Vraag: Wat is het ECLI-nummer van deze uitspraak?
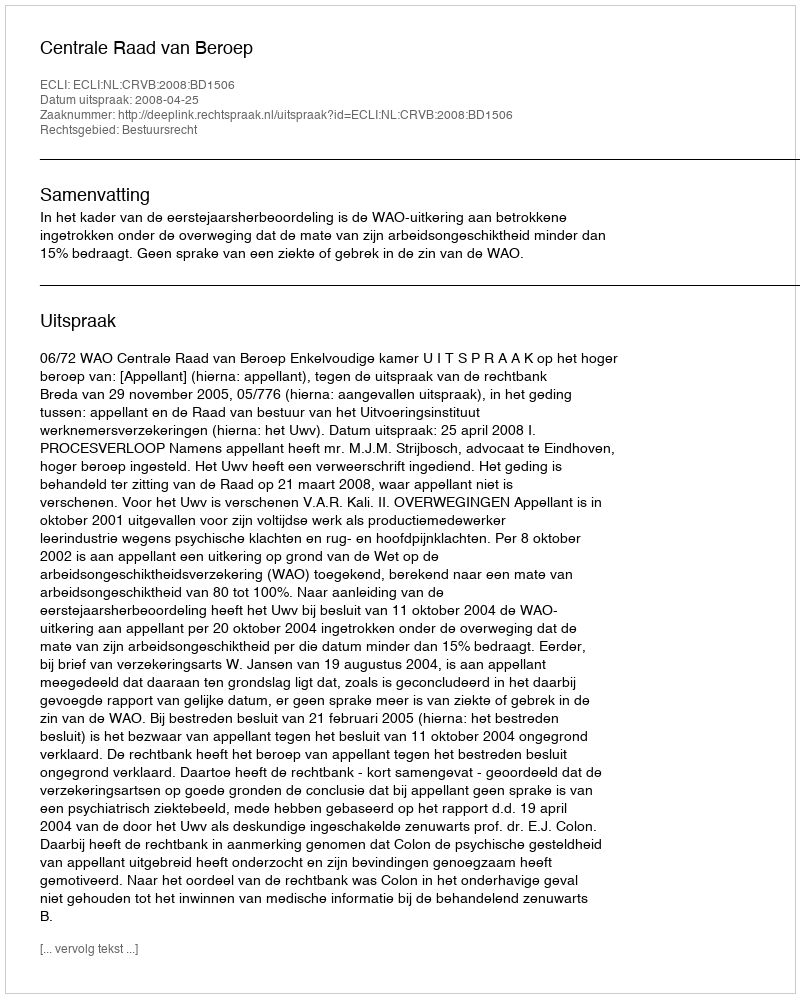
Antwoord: ECLI:NL:CRVB:2008:BD1506